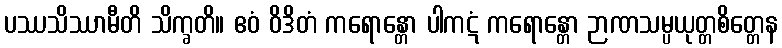
ပဿသိဿာမီတိ သိက္ခတိ။ ဧဝံ ဝိဒိတံ ကရောန္တော ပါကဋံ ကရောန္တော ဉာဏသမ္ပယုတ္တစိတ္တေန